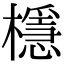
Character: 檼